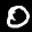
Label: 0